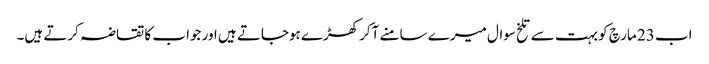
اب 23 مارچ کو بہت سے تلخ سوال میرے سامنے آکر کھڑے ہوجاتے ہیں اور جواب کا تقاضہ کرتے ہیں۔